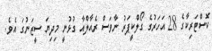
ކޮސްޓަރިކާގެ 28 އަހަރުގެ ގޯލްކީޕަރު ނާވަސް ރެއާލްއާ ގުޅުނީ މިދިޔަ ސީޒަނުގަ އެވެ.